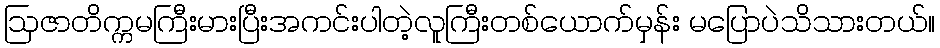
ဩဇာတိက္ကမကြီးမားပြီးအကင်းပါတဲ့လူကြီးတစ်ယောက်မှန်း မပြောပဲသိသားတယ်။